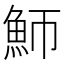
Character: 魳